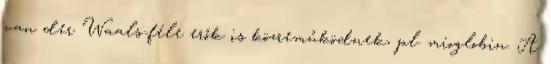
van der Waals-féle erők is közreműködnek, pl. mioglobin. A